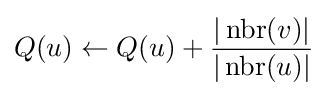
Q(u)\leftarrow Q(u)+{\frac {|\operatorname {nbr} (v)|}{|\operatorname {nbr} (u)|}}